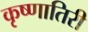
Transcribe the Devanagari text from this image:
कृष्णातिरी